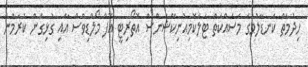
ހިދުމަތް ކަނޑާލުމުގެ މަސައްކަތް ޓެލެކޮމިއުނިކޭޝަންސް އޮތޯރިޓީ އޮފް މޯލްޑިވްސް އާއި ގުޅިގެން ކުރަމުން